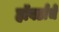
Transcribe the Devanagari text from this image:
हॉवर्डांचे